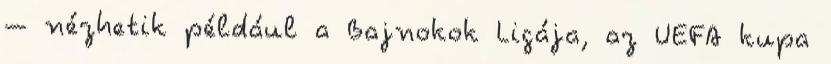
– nézhetik például a Bajnokok Ligája, az UEFA kupa